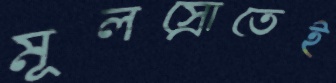
মূলস্রোতেই